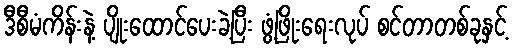
ဒီစီမံကိန်းနဲ့ ပျိုးထောင်ပေးခဲ့ပြီး ဖွံ့ဖြိုးရေးလုပ် စင်တာတစ်ခုနှင့်